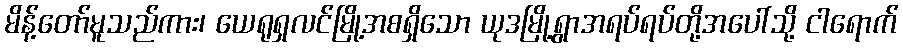
မိန့်တော်မူသည်ကား၊ ယေရုရှလင်မြို့အစရှိသော ယုဒမြို့ရွာအရပ်ရပ်တို့အပေါ်သို့ ငါရောက်